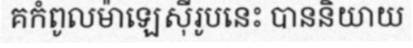
គកំពូលម៉ាឡេស៊ីរូបនេះ បាននិយាយ